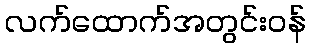
လက်ထောက်အတွင်းဝန်